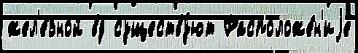
жел'е́зной вд существу́ют Расположе́н'иjе